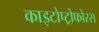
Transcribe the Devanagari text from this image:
काइटोप्ट्रोफोरस